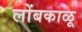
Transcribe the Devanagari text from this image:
लोंबकाळू